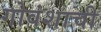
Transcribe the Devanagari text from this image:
गोवंशाची